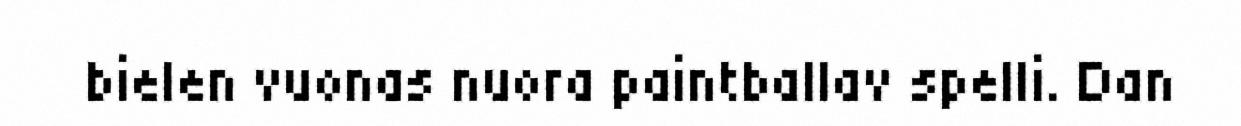
bielen vuonas nuora paintballav spelli. Dan